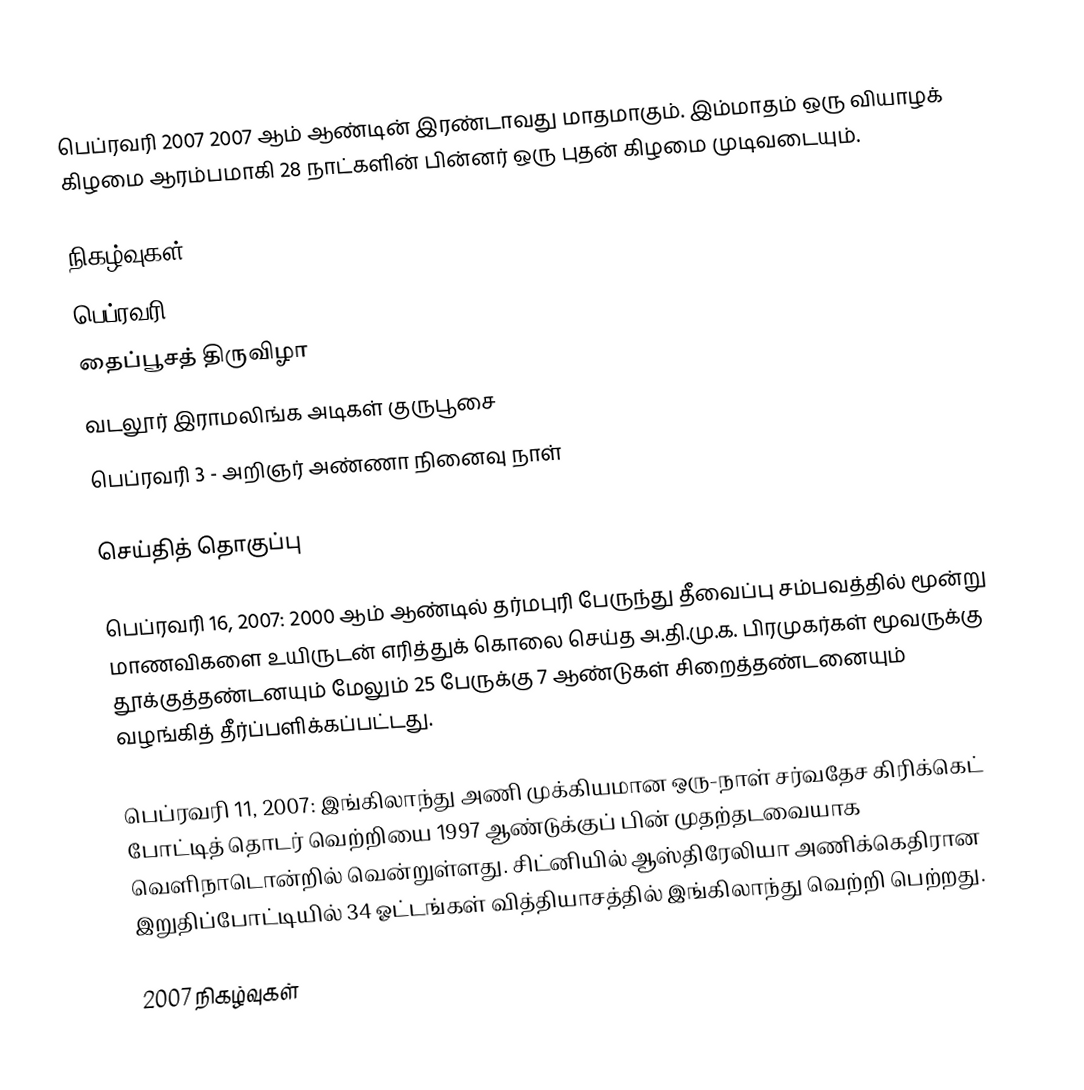
பெப்ரவரி 2007 2007 ஆம் ஆண்டின் இரண்டாவது மாதமாகும். இம்மாதம் ஒரு வியாழக் கிழமை ஆரம்பமாகி 28 நாட்களின் பின்னர் ஒரு புதன் கிழமை முடிவடையும்.

நிகழ்வுகள்
 பெப்ரவரி 1:
 தைப்பூசத் திருவிழா
 வடலூர் இராமலிங்க அடிகள் குருபூசை
 பெப்ரவரி 3 - அறிஞர் அண்ணா நினைவு நாள்

செய்தித் தொகுப்பு

பெப்ரவரி 16, 2007: 2000 ஆம் ஆண்டில் தர்மபுரி பேருந்து தீவைப்பு சம்பவத்தில் மூன்று மாணவிகளை உயிருடன் எரித்துக் கொலை செய்த அ.தி.மு.க. பிரமுகர்கள் மூவருக்கு தூக்குத்தண்டனயும் மேலும் 25 பேருக்கு 7 ஆண்டுகள் சிறைத்தண்டனையும் வழங்கித் தீர்ப்பளிக்கப்பட்டது.

பெப்ரவரி 11, 2007: இங்கிலாந்து அணி முக்கியமான ஒரு-நாள் சர்வதேச கிரிக்கெட் போட்டித் தொடர் வெற்றியை 1997 ஆண்டுக்குப் பின் முதற்தடவையாக வெளிநாடொன்றில் வென்றுள்ளது. சிட்னியில் ஆஸ்திரேலியா அணிக்கெதிரான இறுதிப்போட்டியில் 34 ஓட்டங்கள் வித்தியாசத்தில் இங்கிலாந்து வெற்றி பெற்றது.

2007 நிகழ்வுகள்